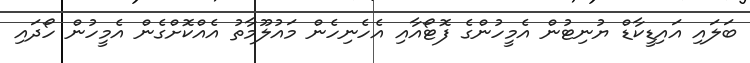
ބަލައި އައިޑީކާޑް ޔުނިޓުން އެމީހުންގެ ފޮޓޯއާއި އެހެނިހެން މައުލޫމާތު އެއްކޮށްގެން އެމީހުން ހޯދައި